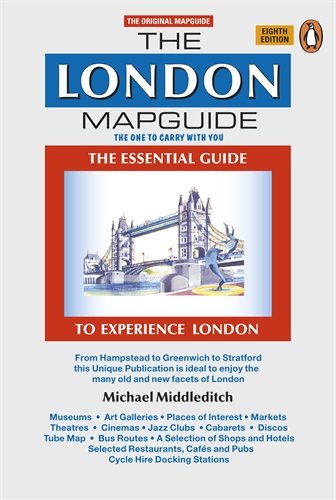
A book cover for The London Mapguide: Eighth Edition; Michael Middleditch; Reference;